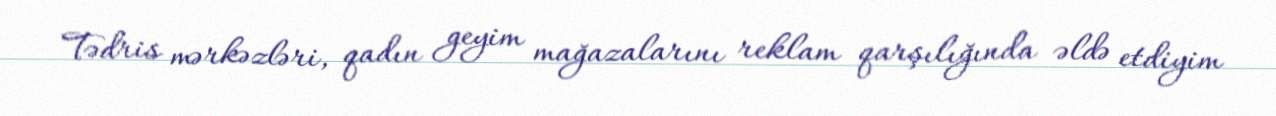
Tədris mərkəzləri, qadın geyim mağazalarını reklam qarşılığında əldə etdiyim